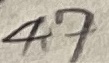
Text: 4,7